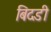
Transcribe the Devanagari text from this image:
बिदडी